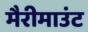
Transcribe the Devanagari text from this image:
मैरीमाउंट